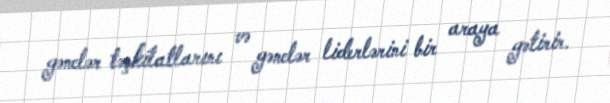
gənclər təşkilatlarını və gənclər liderlərini bir araya gətirir.